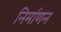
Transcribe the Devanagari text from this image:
निर्माणन